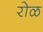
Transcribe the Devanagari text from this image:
रोळ